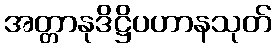
အတ္တာနုဒိဋ္ဌိပဟာနသုတ်